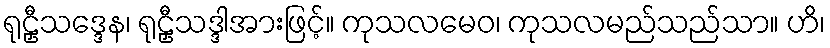
ရုဠှီသဒ္ဒေန၊ ရုဠှီသဒ္ဒါအားဖြင့်။ ကုသလမေဝ၊ ကုသလမည်သည်သာ။ ဟိ၊